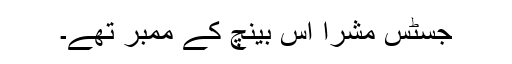
جسٹس مشرا اس بینچ کے ممبر تھے۔